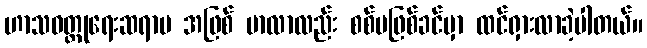
ဟာသဝတ္ထုရေးဆရာမ အဖြစ် မာလာလည်း စစ်မဖြစ်ခင်မှာ ထင်ရှားလာခဲ့ပါတယ်။